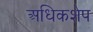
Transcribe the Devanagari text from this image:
अधिकशेप